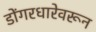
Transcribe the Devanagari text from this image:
डोंगरधारेवरून